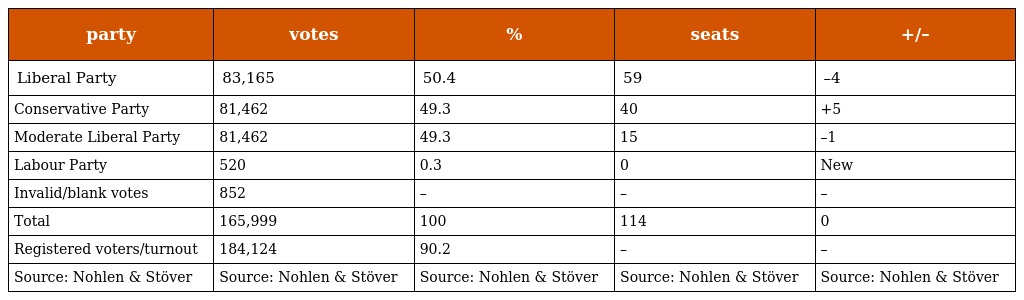
| party | votes | % | seats | +/– |
 | --- | --- | --- | --- | --- |
 | Liberal Party | 83,165 | 50.4 | 59 | –4 |
 | Conservative Party | 81,462 | 49.3 | 40 | +5 |
 | Moderate Liberal Party | 81,462 | 49.3 | 15 | –1 |
 | Labour Party | 520 | 0.3 | 0 | New |
 | Invalid/blank votes | 852 | – | – | – |
 | Total | 165,999 | 100 | 114 | 0 |
 | Registered voters/turnout | 184,124 | 90.2 | – | – |
 | Source: Nohlen & Stöver | Source: Nohlen & Stöver | Source: Nohlen & Stöver | Source: Nohlen & Stöver | Source: Nohlen & Stöver |